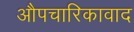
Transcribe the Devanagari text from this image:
औपचारिकावाद